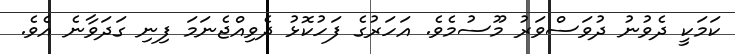
ކަމަކީ ދެވުނު ދުވަސްވަރު މޫސުމެވެ. އަހަރުގެ ފަހުކޮޅު ދެވިއްޖެނަމަ ފިނި ގަދަވާނެ އެވެ.